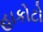
હાકોટો